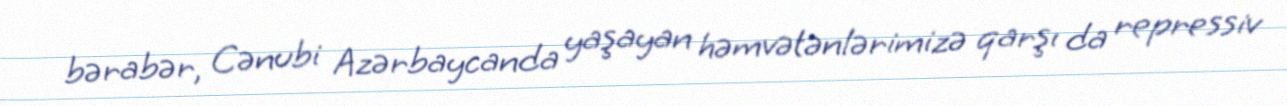
bərabər, Cənubi Azərbaycanda yaşayan həmvətənlərimizə qarşı da repressiv